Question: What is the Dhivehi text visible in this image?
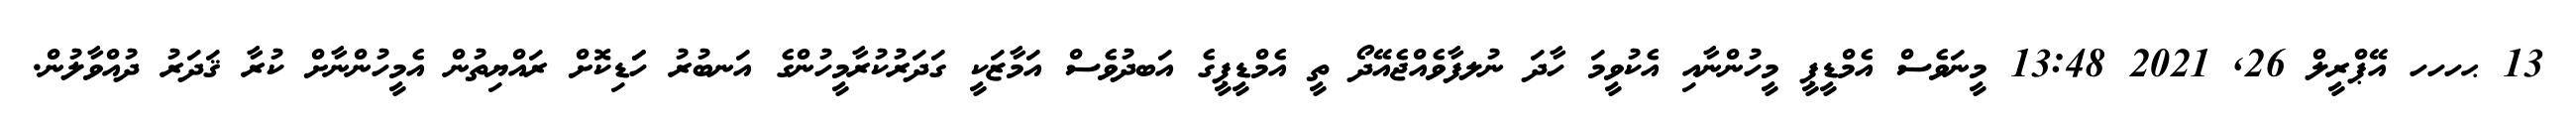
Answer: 13 ޙހހހ އޭޕްރީލް 26, 2021 13:48 މީނަވެސް އެމްޑީޕީ މީހުންނާއި އެކުވީމަ ހާދަ ނުލފާވެއްޖެއޭދޯ ތީ އެމްޑީޕީގެ އަބދުވެސް އަމާޒަކީ ގަދަރުކުރާމީހުންގެ އަނބުރު ހަަޑިކޮށް ރައްޔިތުން އެމީހުންނާށް ކުރާ ޤަދަރު ދުއްވާލުން.